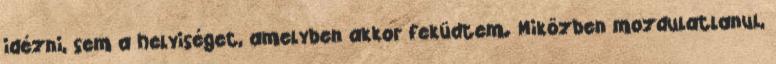
idézni, sem a helyiséget, amelyben akkor feküdtem. Miközben mozdulatlanul,